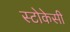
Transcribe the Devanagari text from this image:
स्टोकेसी